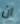
ان